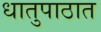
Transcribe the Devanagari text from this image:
धातुपाठात